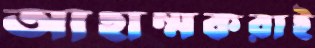
আহাম্মকরাই